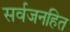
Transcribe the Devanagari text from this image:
सर्वजनहित